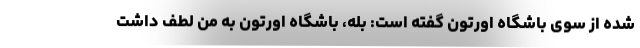
شده از سوی باشگاه اورتون گفته است: بله، باشگاه اورتون به من لطف داشت